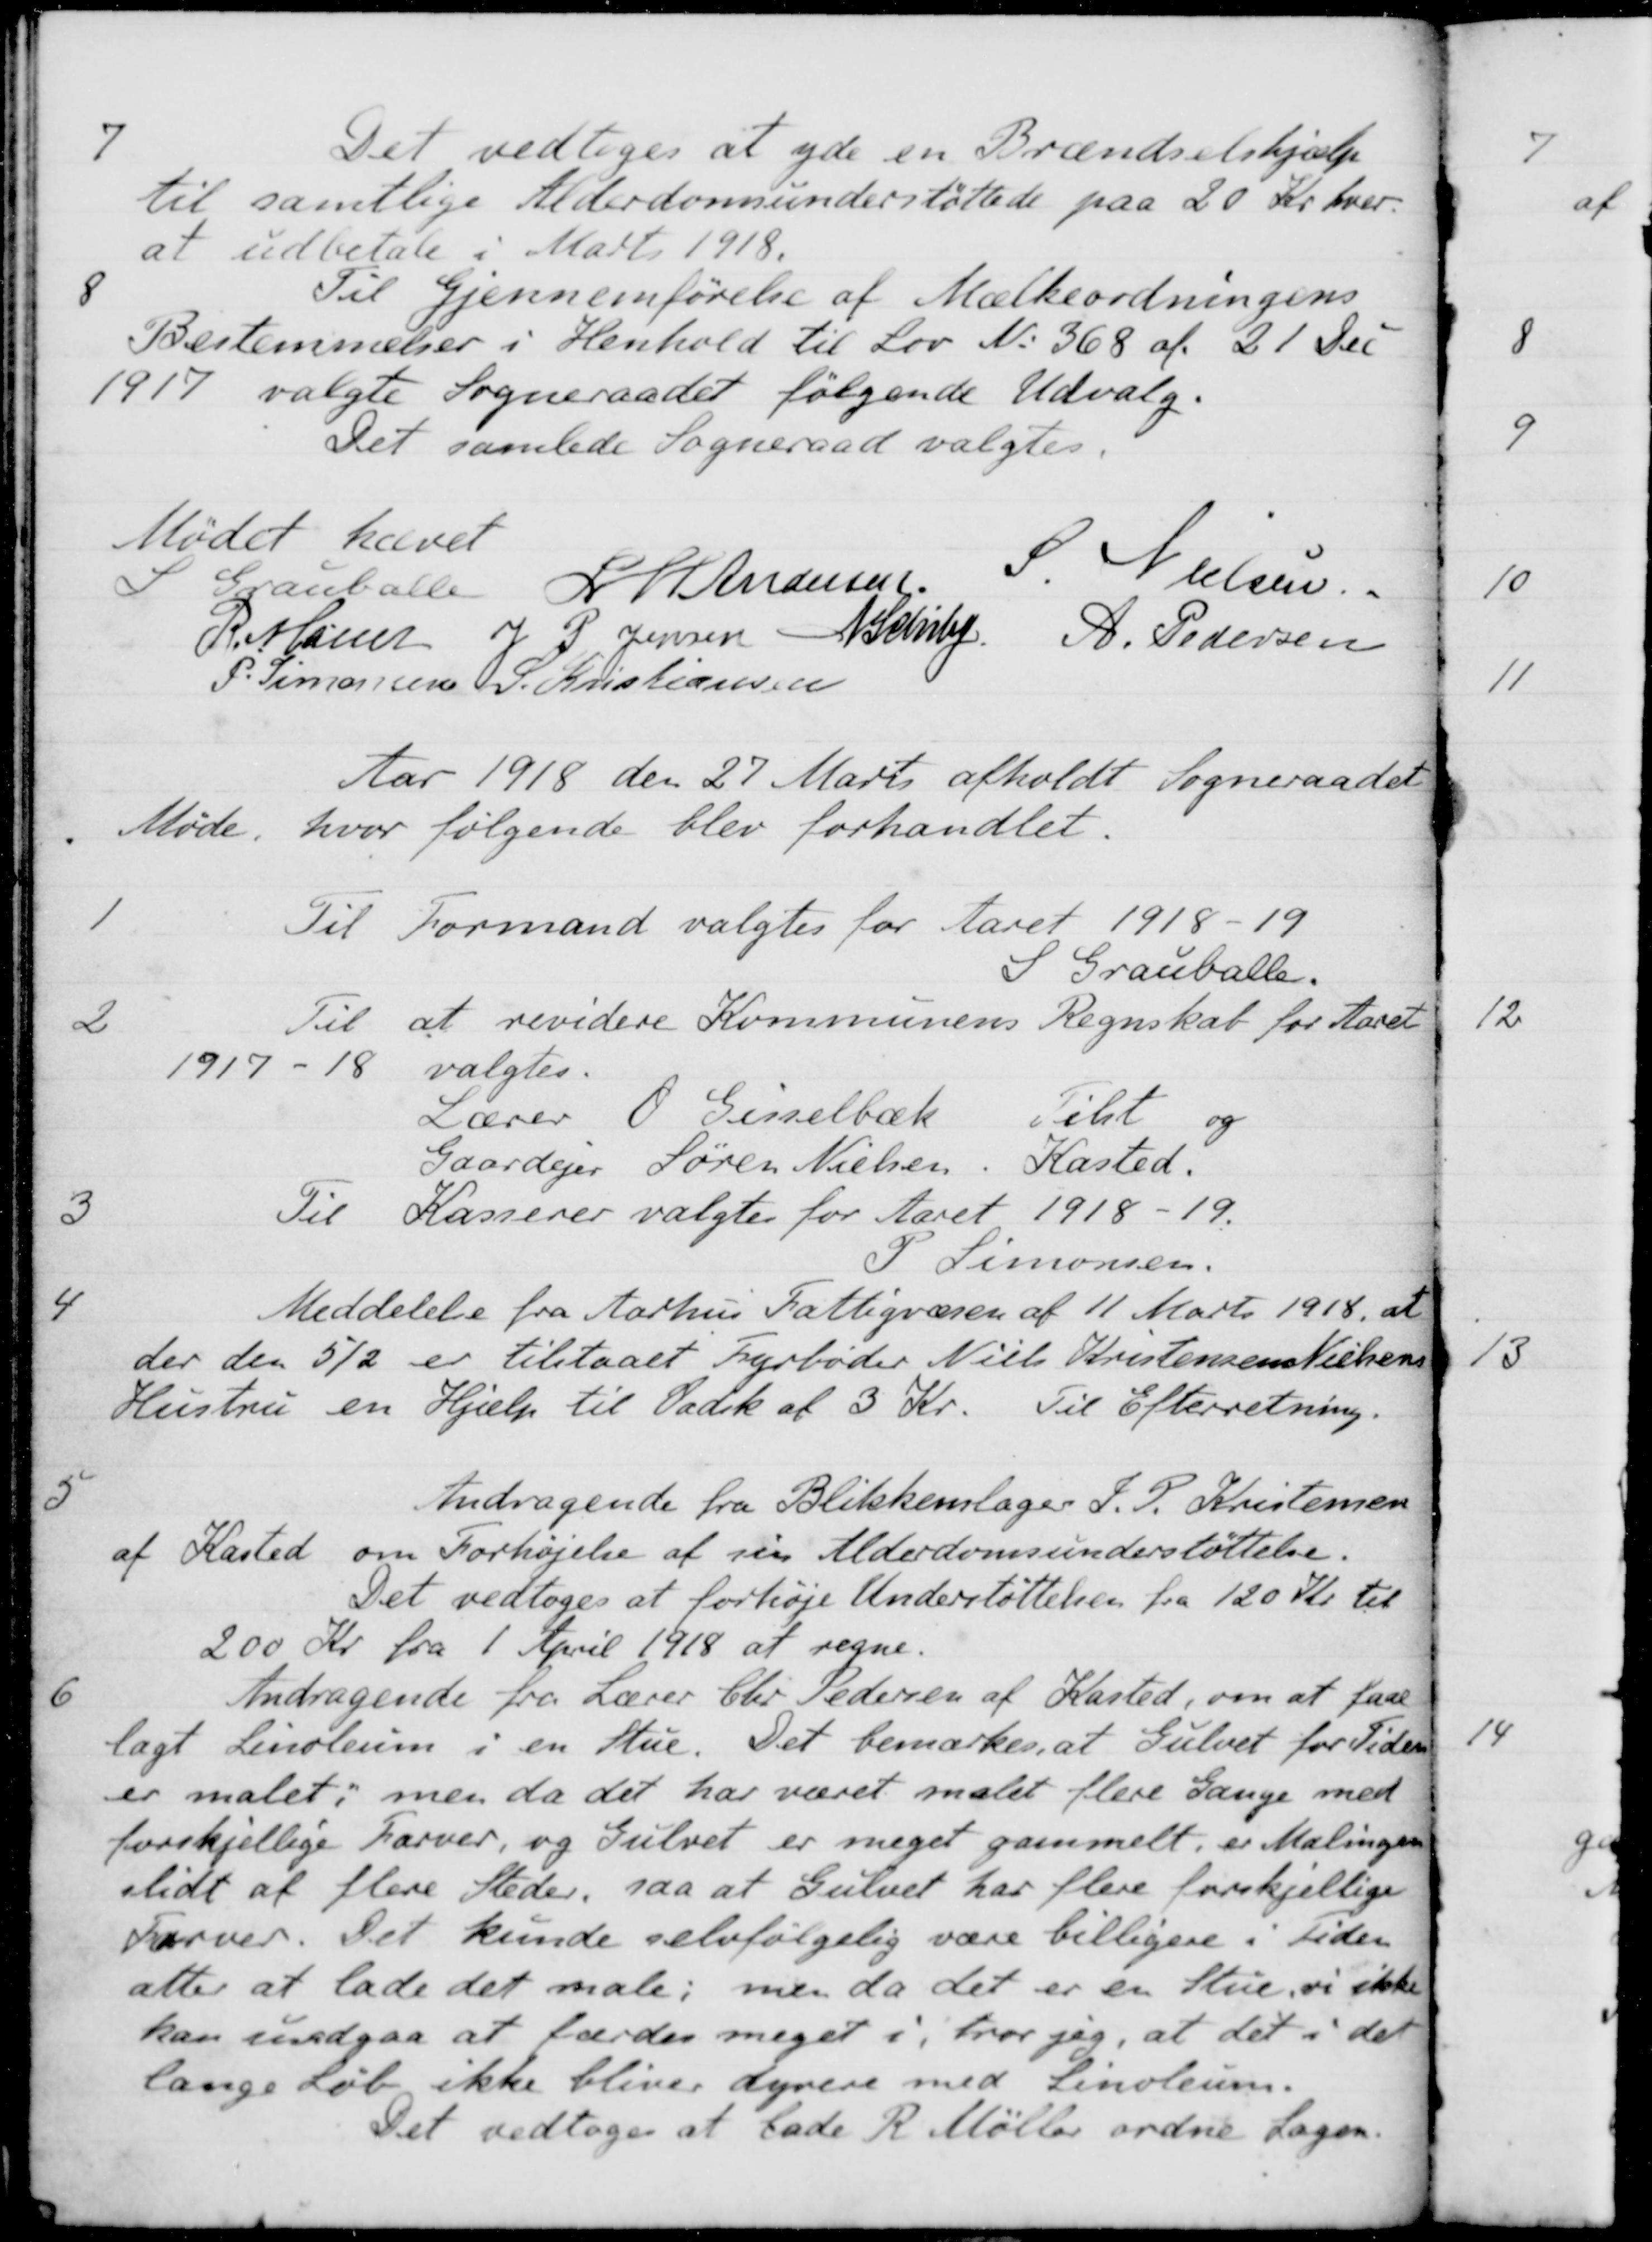
Transskription:
7
Det vedtoges at yde en Brændselshjælp
til samtlige Alderdomsunderstøttede paa 20 Kr hver
at udbetale i Marts 1918.
8
Til Gjennemførelse af Mælkeordningens
Bestemmelser i Henhold til Lov N. 368 af 21 Dec
1917 valgte Sogneraadet følgende Udvalg.
Det samlede Sogneraad valgtes.
Mødet hævet
S Grauballe
L M Andersen
S. Nielsen
R. Møller
J. P. Jensen
A. Schiby
A. Pedersen
P. Simonsen
S. Kristiansen
Aar 1918 den 27 Marts afholdt Sogneraadet
Møde, hvor følgende blev forhandlet.
1
Til Formand valgtes for Aaret 1918-19
S Grauballe.
2
Til at revidere Kommunens Regnskab for Aaret
1917 - 18
valgtes.
Lærer O. Gisselbæk
Tilst
og
Gaardejer Søren Nielsen
Kasted.
3
Til Kasserer valgtes for Aaret 1918-19.
P Simonsen.
4
Meddelelse fra Aarhus Fattigvæsen af 11 Marts 1918, at
der den 5/2 er tilstaaet Fyrbøder Niels Kristensen Nielsens
Hustru en Hjælp til Vadsk af 3 Kr
Til Efterretning.
5
Andragende fra Blikkenslager J. P. Kristensen
af Kasted om Forhøjelse af sin Alderdomsunderstøttelse.
Det vedtoges at forhøje Understøttelsen fra 120 Kr. til
200 Kr. fra 1 April 1918 at regne.
6
Andragende fra Lærer Chr. Pedersen af Kasted, om at faae
lagt Linoleum i en Stue. Det bemærkes, at Gulvet for Tiden
er malet; men da det har været malet flere Gange med
forskjellige Farver, og Gulvet er meget gammelt, er Malingen
slidt af flere Steder, saa at Gulvet har flere forskjellige
Farver. Det kunde selvfølgelig være billigere i Tiden
atter at lade det male, men da det er en Stue vi ikke
kan undgaa at færdes meget i, hvor jeg, at det i det
lange Løb ikke bliver dyrere med Linoleum.
Det vedtoges at lade R. Møller ordne Sagen.